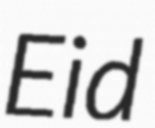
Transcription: Eid